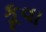
કૂવા